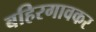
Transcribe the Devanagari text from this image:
बहिरगावकर